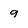
Character: 9